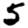
Digit: 5